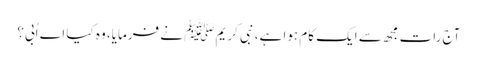
آج رات مجھ سے ایک کام ہوا ہے، نبی کریم ﷺ نے فرمایا، وہ کیا اے اُبی؟